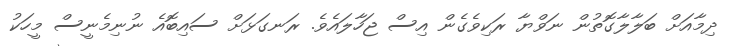
ދިމާއަށް ބަލާލާގޮތުން ނަވްޔާ ރަކިވެގެން އިސް ޖަހާލައެވެ. ރަނގަޅަށް ސައިބޮއެ ނުނިމެނީސް މީހަކު